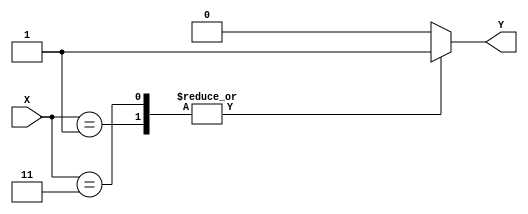
module case_statement(input [3:0] X, output reg Y);

always @(X)
begin
    case (X)
        4'b0000: Y <= 1'b0; //case when X is 0000
        4'b0001: Y <= 1'b1; //case when X is 0001
        4'b0010: Y <= 1'b0; //case when X is 0010
        4'b0011: Y <= 1'b1; //case when X is 0011
        // Add more case statements as needed
        
        default: Y <= 1'b0; //default case when none of the specified cases match
    endcase
end

endmodule